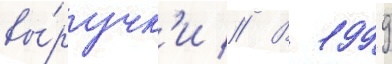
вы́ручк'и // В 1999